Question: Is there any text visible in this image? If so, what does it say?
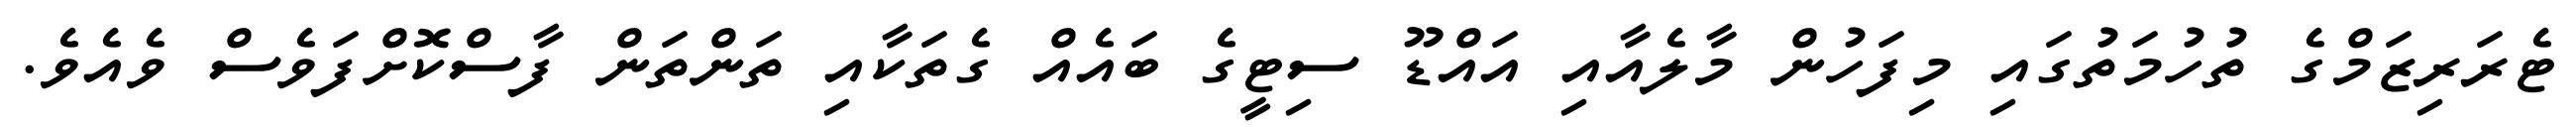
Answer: ޓެރަރިޒަމްގެ ތުހުމަތުގައި މިފަހުން މާލެއާއި އައްޑޫ ސިޓީގެ ބައެއް ގެތަކާއި ތަންތަން ފާސްކޮށްފަވެސް ވެއެވެ.